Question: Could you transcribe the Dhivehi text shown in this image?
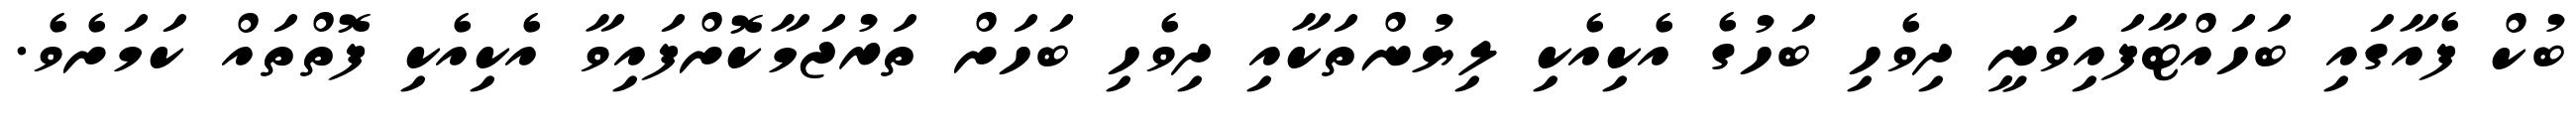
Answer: ބުކް ފެއާގައި ބަހައްޓާފައިވަނީ ދިވެހި ބަހުގެ އެކިއެކި ލިޔުންތަކާއި ދިވެހި ބަހަށް ތަރުޖަމާކޮށްފައިވާ އެކިއެކި ފޮތްތައް ކަމަށެވެ.